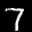
Label: 7